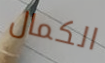
الكمال